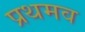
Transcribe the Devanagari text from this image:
प्रथमव